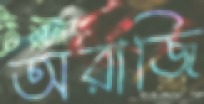
অরাজি